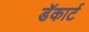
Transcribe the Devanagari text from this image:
डॅकार्ट